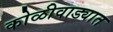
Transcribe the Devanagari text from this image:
कोळीवाड्यात